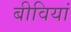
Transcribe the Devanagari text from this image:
बीवियां